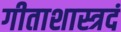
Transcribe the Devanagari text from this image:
गीताशास्त्रदं